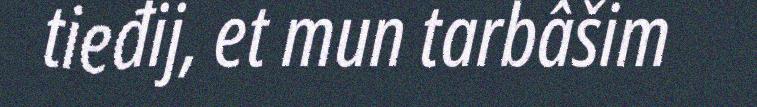
tieđij, et mun tarbâšim